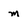
Character: m